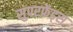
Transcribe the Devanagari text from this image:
सुपरफ्रेंड्स